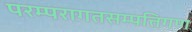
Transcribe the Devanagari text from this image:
परम्परागतसम्पत्तिगण